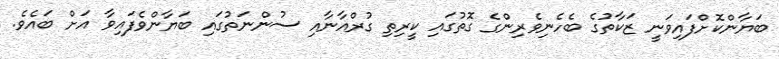
ބަޔާންކޮށްފައިވަނީ ޒަކާތުގެ ބެހެނިވެރިންގެ ގޮތުގައި ކީރިތި ގުރްއާނާއި ސުންނަތުގައި ބަޔާންވެފައިވާ އަށް ބައެވެ.